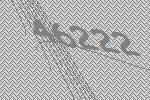
46222